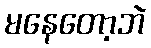
မနေတော့ဘဲ